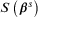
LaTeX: S \left( { \boldsymbol { \beta } } ^ { s } \right)